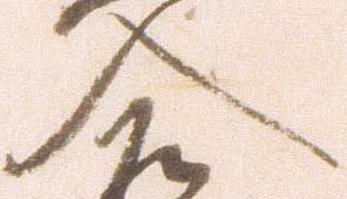
入